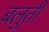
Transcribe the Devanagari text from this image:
बलूती